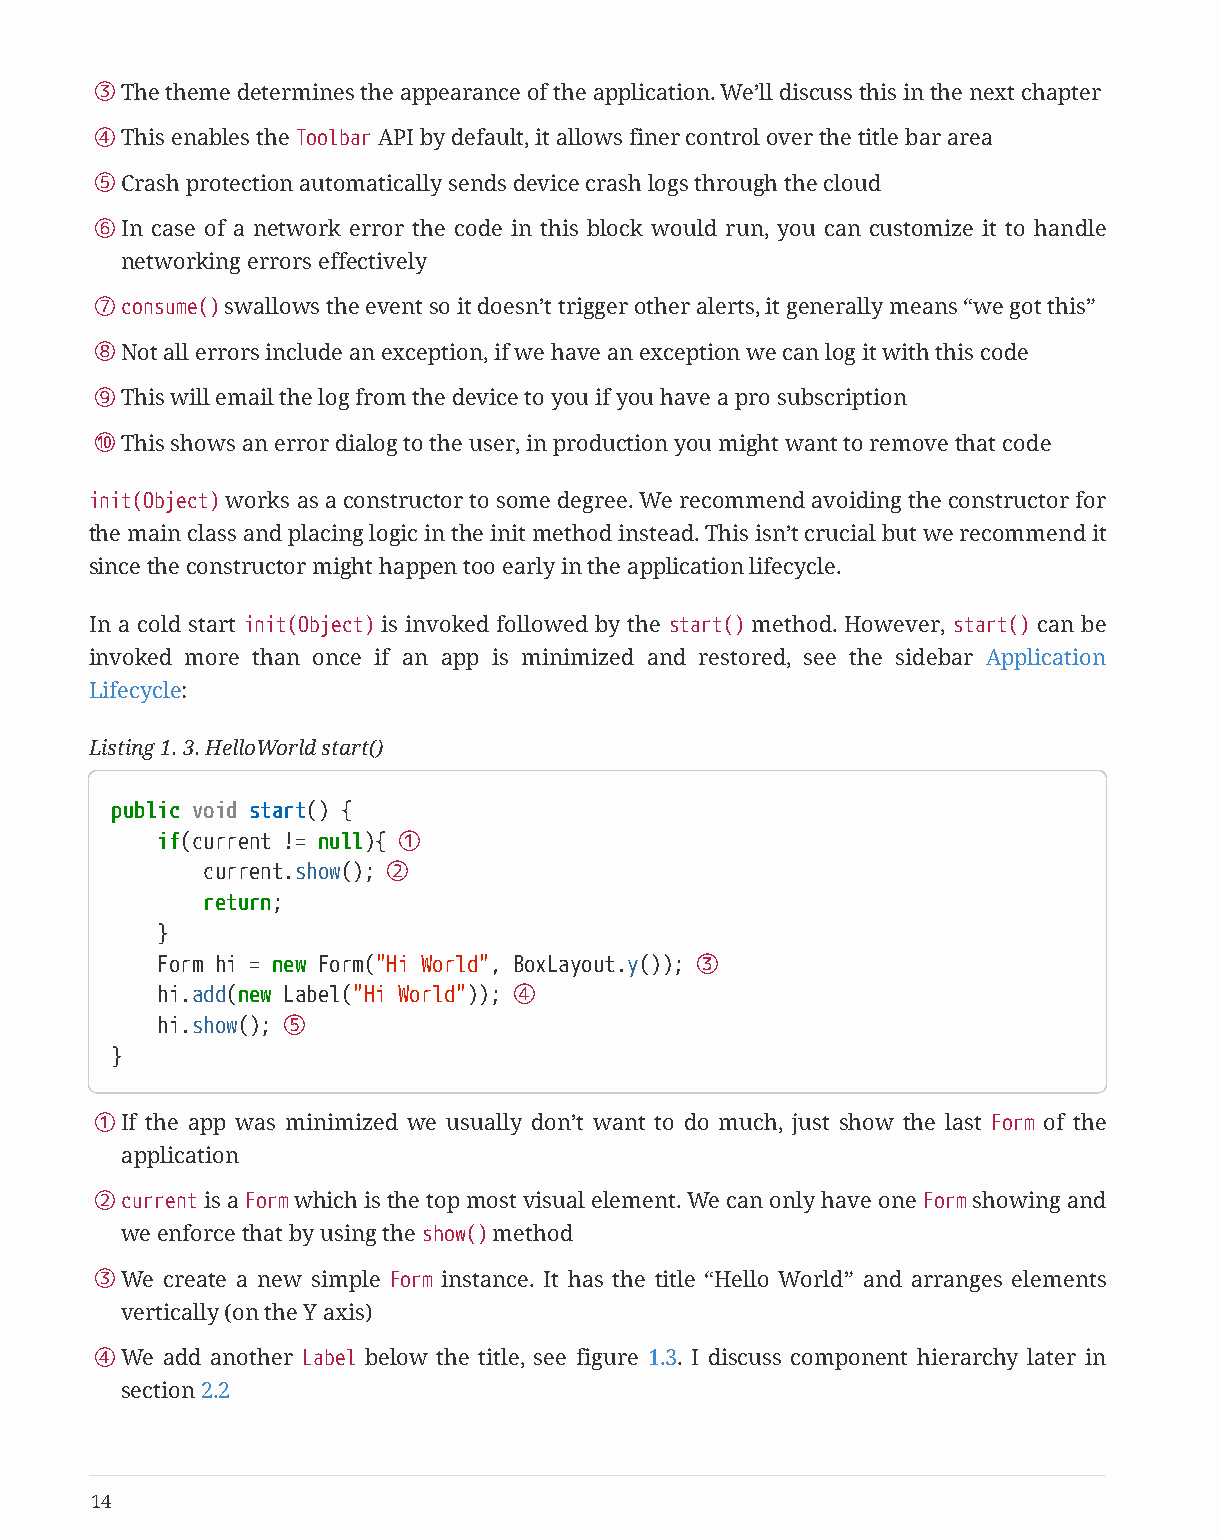
③The theme determines the appearance of the application. We’ll discuss this in the next chapter
 ④This enables the Toolbar API by default, it allows finer control over the title bar area
 ⑤Crash protection automatically sends device crash logs through the cloud
 ⑥In case of a network error the code in this block would run, you can customize it to handle
 networking errors effectively
 ⑦consume() swallows the event so it doesn’t trigger other alerts, it generally means “we got this”
 ⑧Not all errors include an exception, if we have an exception we can log it with this code
 ⑨This will email the log from the device to you if you have a pro subscription
 ⑩This shows an error dialog to the user, in production you might want to remove that code
 init(Object) works as a constructor to some degree. We recommend avoiding the constructor for
 the main class and placing logic in the init method instead. This isn’t crucial but we recommend it
 since the constructor might happen too early in the application lifecycle.
 In a cold start init(Object) is invoked followed by the start() method. However, start() can be
 invoked more than once if an app is minimized and restored, see the sidebar Application
 Lifecycle:
 Listing 1. 3. HelloWorld start()
 public void start() {
 if(current != null){ ①
 current.show(); ②
 return;
 }
 Form hi = new Form("Hi World", BoxLayout.y()); ③
 hi.add(new Label("Hi World")); ④
 hi.show(); ⑤
 }
 ①If the app was minimized we usually don’t want to do much, just show the last Form of the
 application
 ②current is a Form which is the top most visual element. We can only have one Form showing and
 we enforce that by using the show() method
 ③We  create a new simple Form instance. It has the title “Hello World” and arranges elements
 vertically (on the Y axis)
 ④We  add another Label below the title, see figure 1.3. I discuss component hierarchy later in
 section 2.2
 14